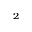
^ 2